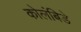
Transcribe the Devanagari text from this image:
कोलंबिडे